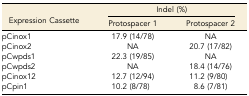
| <ROWSPAN=2> Expression Cassette | <COLSPAN=2> Indel (%) |
 | Protospacer 1 | Protospacer 2 |
 | --- | --- | --- |
 | pCinox1 | 17.9 (14/78) | NA |
 | pCinox2 | NA | 20.7 (17/82) |
 | pCwpds1 | 22.3 (19/85) | NA |
 | pCwpds2 | NA | 18.4 (14/76) |
 | pCinox12 | 12.7 (12/94) | 11.2 (9/80) |
 | pCpin1 | 10.2 (8/78) | 8.6 (7/81) |